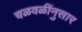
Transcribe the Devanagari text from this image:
चळवळींनुसार